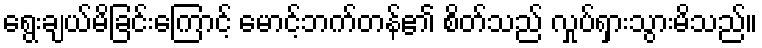
ရွေးချယ်မိခြင်းကြောင့် မောင့်ဘက်တန်၏ စိတ်သည် လှုပ်ရှားသွားမိသည်။